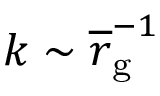
k \sim \overline { r } _ { \mathrm { g } } ^ { - 1 }